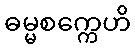
ဓမ္မစက္ကေဟိ